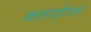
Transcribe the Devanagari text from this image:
कलाईगनर